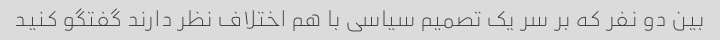
بین دو نفر که بر سر یک تصمیم سیاسی با هم اختلاف نظر دارند گفتگو کنید